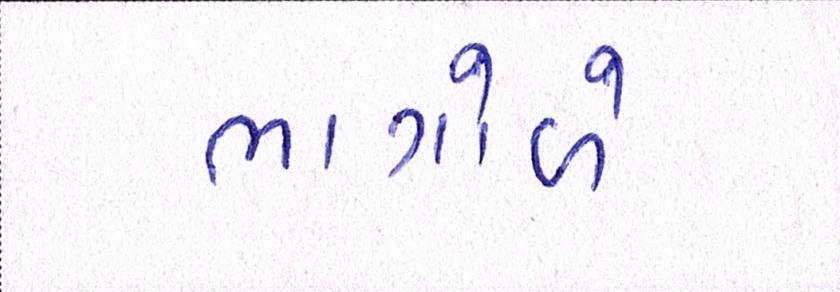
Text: ભાગોળે